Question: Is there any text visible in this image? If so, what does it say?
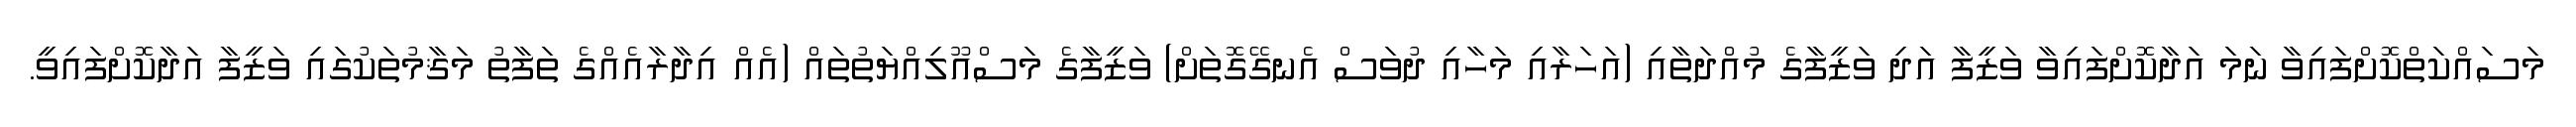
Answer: މަސައްކަތްކޮށްފައިވާ ނަމަ އަދާކޮށްފައިވާ ވަޒީފާ އަދި ވަޒީފާގެ މުއްދަތާއި (އަހަރާއި މަހާއި ދުވަސް އެނގޭގޮތަށް) ވަޒީފާގެ މަސްއޫލިއްޔަތުތައް (އެއް އިދާރާއެއްގެ ތަފާތު މަޤާމުތަކުގައި ވަޒީފާ އަދާކޮށްފައިވީ.